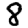
Digit: 8